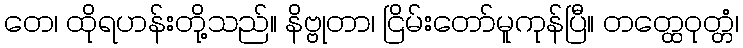
တေ၊ ထိုရဟန်းတို့သည်။ နိဗ္ဗုတာ၊ ငြိမ်းတော်မူကုန်ပြီ။ တတ္ထေဝုတ္တံ၊